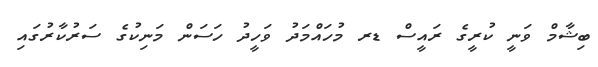
ބިޝާމް ވަނީ ކުރީގެ ރައީސް ޑރ މުހައްމަދު ވަހީދު ހަސަން މަނިކުގެ ސަރުކާރުގައި